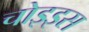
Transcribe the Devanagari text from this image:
चोइइस